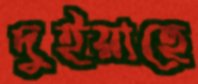
দুইয়াছে